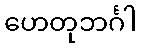
ဟေတုဘင်္ဂါ